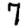
Digit: 7